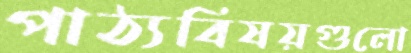
পাঠ্যবিষয়গুলো